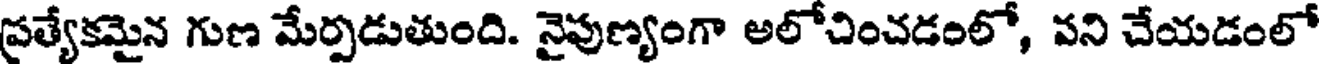
ప్రత్యేకమైన గుణ మేర్పడుతుంది. నైపుణ్యంగా అలోచించడంలో, పని చేయడంలో